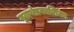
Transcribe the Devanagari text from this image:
गूढ़ार्थप्रकाशिका